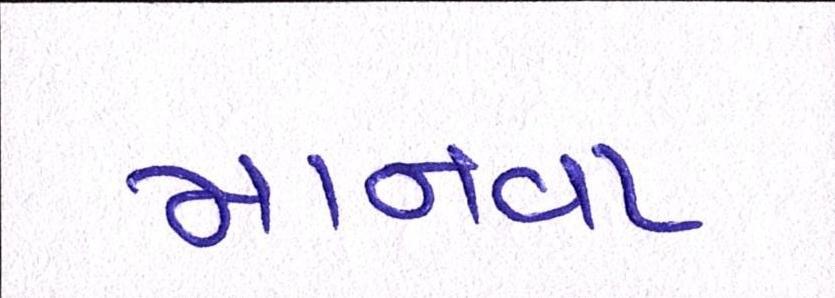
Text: માનવા